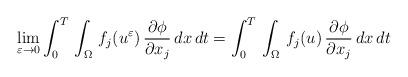
LaTeX: \begin{align*}\displaystyle\lim_{\varepsilon\to 0}\int_{0}^{T}\,\int_{\Omega}\,f_{j}(u^{\varepsilon})\,\frac{\partial \phi}{\partial x_{j}}\,dx\,dt = \int_{0}^{T}\,\int_{\Omega}\, f_{j}(u)\,\frac{\partial\phi}{\partial x_{j}}\,dx\,dt\end{align*}